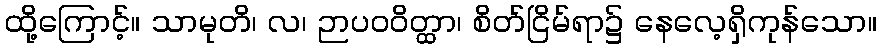
ထို့ကြောင့်။ သာမုတိ၊ လ၊ ဉာပဝဝိတ္ထာ၊ စိတ်ငြိမ်ရာ၌ နေလေ့ရှိကုန်သော။